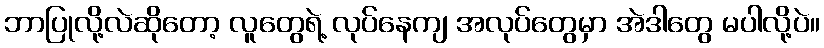
ဘာပြုလို့လဲဆိုတော့ လူတွေရဲ့ လုပ်နေကျ အလုပ်တွေမှာ အဲဒါတွေ မပါလို့ပဲ။